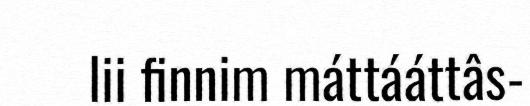
lii finnim máttááttâs-